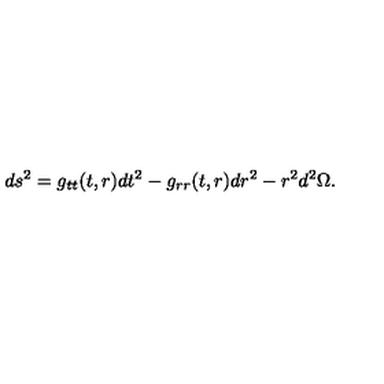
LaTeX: d s ^ { 2 } = g _ { t t } ( t , r ) d t ^ { 2 } - g _ { r r } ( t , r ) d r ^ { 2 } - r ^ { 2 } d ^ { 2 } \Omega .